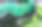
ব্